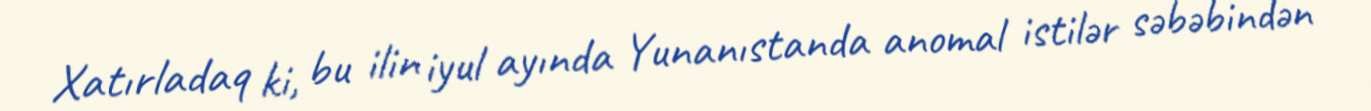
Xatırladaq ki, bu ilin iyul ayında Yunanıstanda anomal istilər səbəbindən